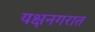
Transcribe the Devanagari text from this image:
यक्षनगरात